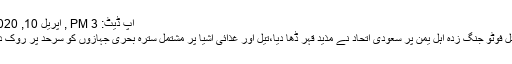
اپ ڈیٹ: 3 PM , اپریل 10, 2020
فائل فوٹو جنگ زدہ اہل یمن پر سعودی اتحاد نے مذید قہر ڈھا دیا،تیل اور غذائی اشیا پر مشتمل سترہ بحری جہازوں کو سرحد پر روک دیا۔